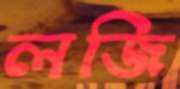
লজি